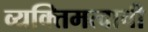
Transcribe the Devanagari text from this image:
व्यक्तिमत्वाची